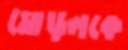
মোড়লকে